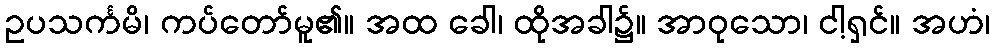
ဥပသင်္ကမိ၊ ကပ်တော်မူ၏။ အထ ခေါ၊ ထိုအခါ၌။ အာဝုသော၊ ငါ့ရှင်။ အဟံ၊